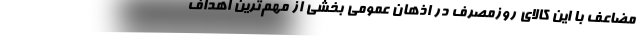
مضاعف با این کالای روزمصرف در اذهان عمومی بخشی از مهم‌ترین اهداف